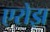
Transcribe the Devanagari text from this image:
एरोझ